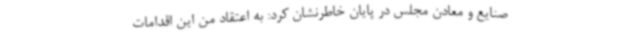
صنایع و معادن مجلس در پایان خاطرنشان کرد: به اعتقاد من این اقدامات